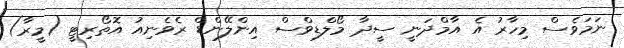
ނަމަވެސް މިހާރު އެ އާމްދަނީ ސީދާ މޯލްޑިވްސް އިންލޭންޑް ރެވެނިއު އޮތޯރިޓީ (މީރާ)